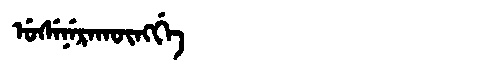
Manchu: ᡠᠰᡝᠨᡝᡵᠠᡴᡡᠩᡤᡝ
Romanization: USENERAKŪNGGE